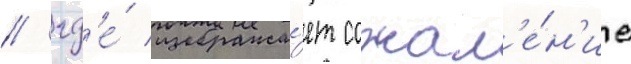
/ гд'е́ изобража́ет сожал'е́н'ие